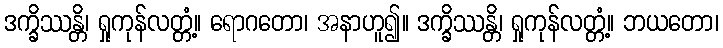
ဒက္ခိဿန္တိ၊ ရှုကုန်လတ္တံ့။ ရောဂတော၊ အနာဟူ၍။ ဒက္ခိဿန္တိ၊ ရှုကုန်လတ္တံ့။ ဘယတော၊